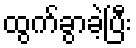
ထွက်ခွာခဲ့ပြီး